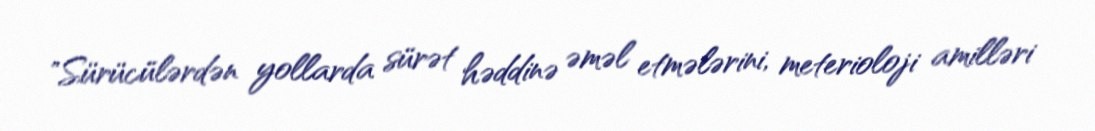
"Sürücülərdən yollarda sürət həddinə əməl etmələrini, meterioloji amilləri